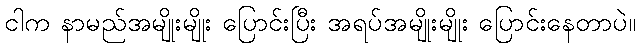
ငါက နာမည်အမျိုးမျိုး ပြောင်းပြီး အရပ်အမျိုးမျိုး ပြောင်းနေတာပဲ။